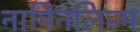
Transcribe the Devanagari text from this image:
नामिनलिज्म